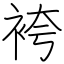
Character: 袴